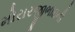
મોરારજીભાઇની